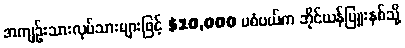
အကျဉ်းသားလုပ်သားများဖြင့် $10,000 မစံပယ်က ဘိုင်ယန်မြူးနစ်သို့